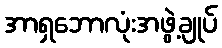
အာရှဘောလုံးအဖွဲ့ချုပ်